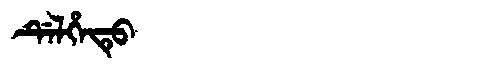
Manchu: ᡩᡝᠯᡥᡝᡨᡠ
Romanization: DELHETU